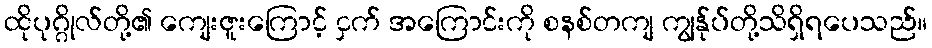
ထိုပုဂ္ဂိုလ်တို့၏ ကျေးဇူးကြောင့် ငှက် အကြောင်းကို စနစ်တကျ ကျွန်ုပ်တို့သိရှိရပေသည်။